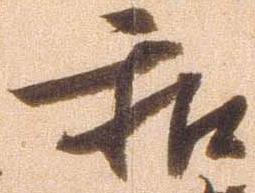
和